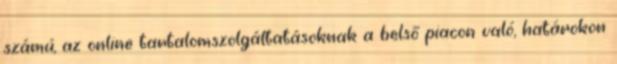
számú, az online tartalomszolgáltatásoknak a belső piacon való, határokon